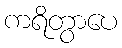
ကရိတွာပေ